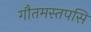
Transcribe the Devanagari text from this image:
गौतमस्तपसि